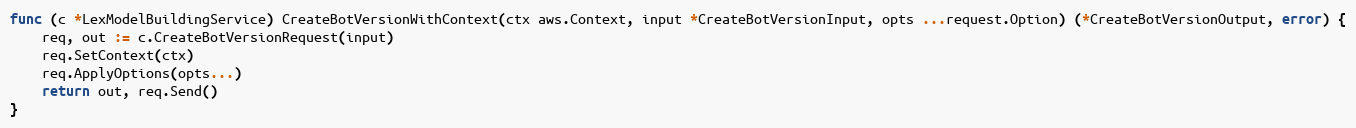
Language: Go
func (c *LexModelBuildingService) CreateBotVersionWithContext(ctx aws.Context, input *CreateBotVersionInput, opts ...request.Option) (*CreateBotVersionOutput, error) {
	req, out := c.CreateBotVersionRequest(input)
	req.SetContext(ctx)
	req.ApplyOptions(opts...)
	return out, req.Send()
}